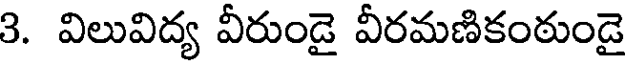
3. విలువిద్య వీరుండై వీరమణికంఠుండై